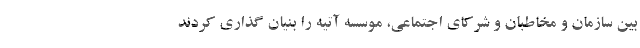
بین سازمان و مخاطبان و شرکای اجتماعی، موسسه آتیه را بنیان گذاری کردند